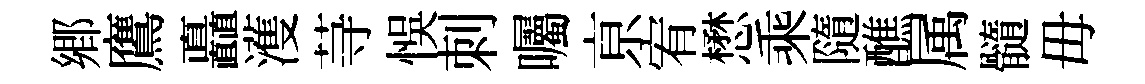
郷鷹矗濩䒭悞刺囑亰宥懋乘隨醮属髓毋